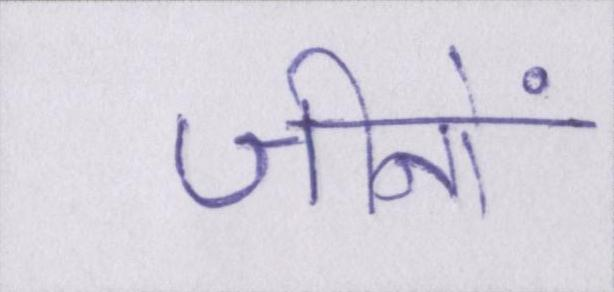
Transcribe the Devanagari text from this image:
जीनों